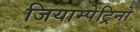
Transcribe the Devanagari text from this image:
जियाम्पेट्रिनो